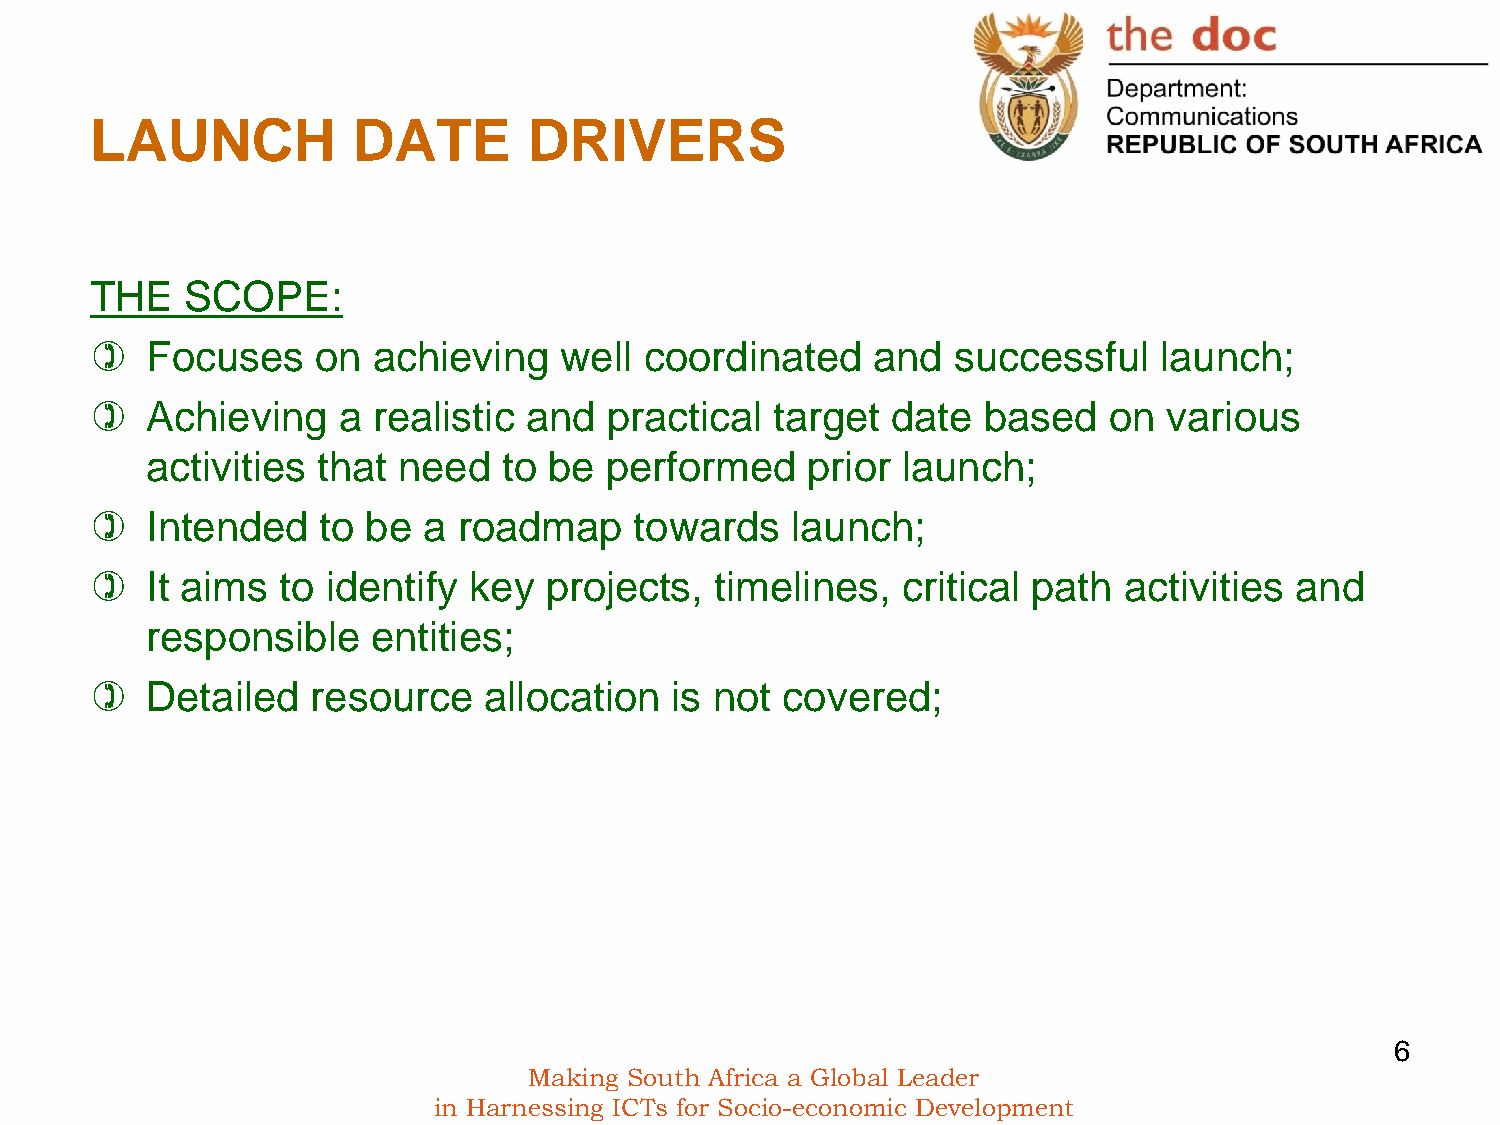
LAUNCH           DATE        DRIVERS
 THE   SCOPE:
    Focuses    on  achieving   well  coordinated    and  successful    launch;
    Achieving   a  realistic and  practical  target  date  based   on  various
 activities that need   to be  performed    prior  launch;
    Intended   to be  a roadmap     towards   launch;
    It aims  to identify key  projects,  timelines,   critical path activities  and
 responsible    entities;
    Detailed   resource   allocation  is not  covered;
 6
 Making South Africa a Global Leader
 in Harnessing ICTs for Socio-economic Development